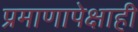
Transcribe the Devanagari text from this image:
प्रमाणापेक्षाही